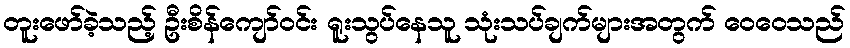
တူးဖော်ခဲ့သည့် ဦးစိန်ကျော်ဝင်း ရူးသွပ်နေသူ သုံးသပ်ချက်များအတွက် ဝေဝေသည်